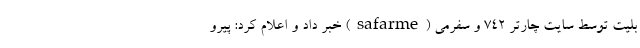
بلیت توسط سایت چارتر 742 و سفرمی (safarme) خبر داد و اعلام کرد: پیرو